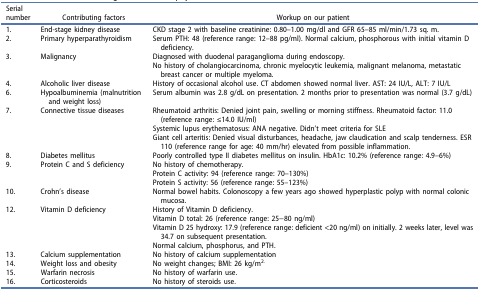
<table><thead><tr><td><b>Serial number</b></td><td><b>Contributing factors</b></td><td><b>Workup on our patient</b></td></tr></thead><tbody><tr><td>1.</td><td>End-stage kidney disease</td><td>CKD stage 2 with baseline creatinine: 0.80–1.00 mg/dl and GFR 65–85 ml/min/1.73 sq. m.</td></tr><tr><td>2.</td><td>Primary hyperparathyroidism</td><td>Serum PTH: 48 (reference range: 12–88 pg/ml). Normal calcium, phosphorous with initial vitamin D deficiency.</td></tr><tr><td>3.</td><td>Malignancy</td><td>Diagnosed with duodenal paraganglioma during endoscopy.No history of cholangiocarcinoma, chronic myelocytic leukemia, malignant melanoma, metastatic breast cancer or multiple myeloma.</td></tr><tr><td>4.</td><td>Alcoholic liver disease</td><td>History of occasional alcohol use. CT abdomen showed normal liver. AST: 24 IU/L, ALT: 7 IU/L</td></tr><tr><td>6.</td><td>Hypoalbuminemia (malnutrition and weight loss)</td><td>Serum albumin was 2.8 g/dL on presentation. 2 months prior to presentation was normal (3.7 g/dL)</td></tr><tr><td>7.</td><td>Connective tissue diseases</td><td>Rheumatoid arthritis: Denied joint pain, swelling or morning stiffness. Rheumatoid factor: 11.0 (reference range: ≤14.0 IU/ml)Systemic lupus erythematosus: ANA negative. Didn’t meet criteria for SLEGiant cell arteritis: Denied visual disturbances, headache, jaw claudication and scalp tenderness. ESR 110 (reference range for age: 40 mm/hr) elevated from possible inflammation.</td></tr><tr><td>8.</td><td>Diabetes mellitus</td><td>Poorly controlled type II diabetes mellitus on insulin. HbA1c: 10.2% (reference range: 4.9–6%)</td></tr><tr><td>9.</td><td>Protein C and S deficiency</td><td>No history of chemotherapy.Protein C activity: 94 (reference range: 70–130%)Protein S activity: 56 (reference range: 55–123%)</td></tr><tr><td>10.</td><td>Crohn’s disease</td><td>Normal bowel habits. Colonoscopy a few years ago showed hyperplastic polyp with normal colonic mucosa.</td></tr><tr><td>12.</td><td>Vitamin D deficiency</td><td>History of Vitamin D deficiency.Vitamin D total: 26 (reference range: 25−80 ng/ml)Vitamin D 25 hydroxy: 17.9 (reference range: deficient &lt;20 ng/ml) on initially. 2 weeks later, level was 34.7 on subsequent presentation.Normal calcium, phosphorus, and PTH.</td></tr><tr><td>13.</td><td>Calcium supplementation</td><td>No history of calcium supplementation</td></tr><tr><td>14.</td><td>Weight loss and obesity</td><td>No weight changes; BMI: 26 kg/m<sup>2.</sup></td></tr><tr><td>15.</td><td>Warfarin necrosis</td><td>No history of warfarin use.</td></tr><tr><td>16.</td><td>Corticosteroids</td><td>No history of steroids use.</td></tr></tbody></table>